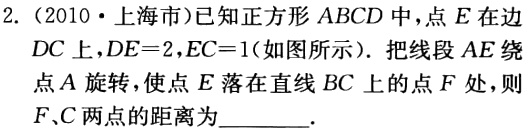
2.（2010·上海市）已知正方形 \(ABCD\) 中，点 \(E\) 在边 \(DC\) 上，\(DE = 2\)，\(EC = 1\)（如图所示）. 把线段 \(AE\) 绕点 \(A\) 旋转，使点 \(E\) 落在直线 \(BC\) 上的点 \(F\) 处，则 \(F、C\) 两点的距离为  .